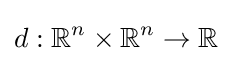
d:\mathbb {R} ^{n}\times \mathbb {R} ^{n}\to \mathbb {R}